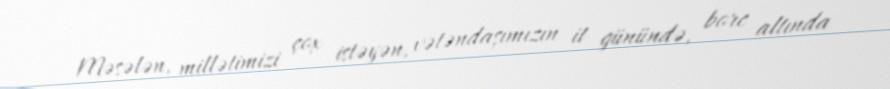
Məsələn, millətimizi çox istəyən, vətəndaşımızın it günündə, borc altında